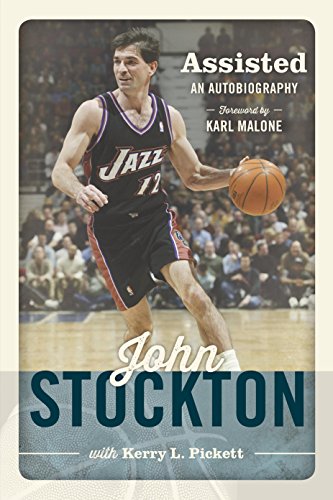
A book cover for Assisted: An Autobiography; John Stockton; Biographies & Memoirs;